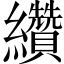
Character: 纘